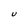
Character: U